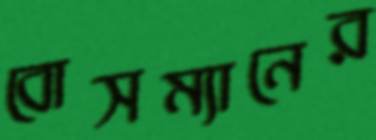
বোসম্যানের